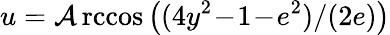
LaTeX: u=\operatorname{\mathcal{A}rccos}\big((4y^{2}\! -\! 1\! -\! e^{2})/(2e)\big)